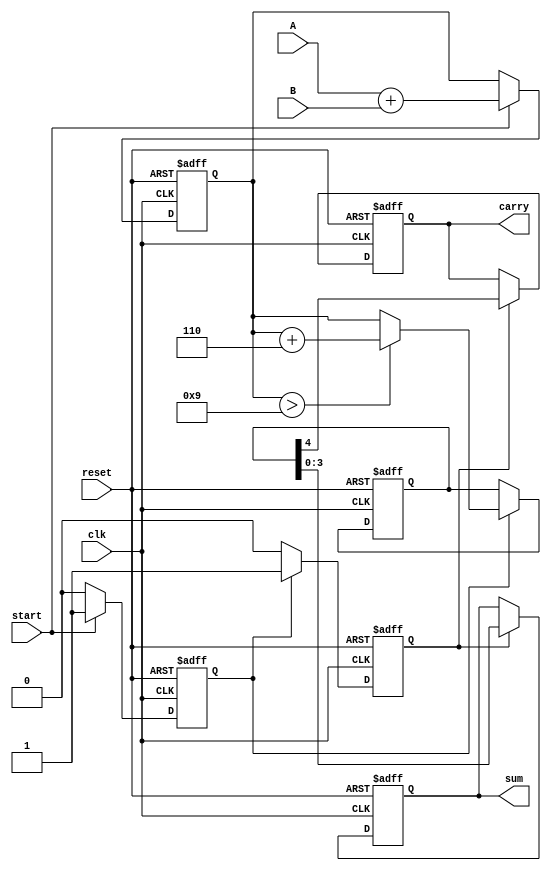
module BCD_Pipelined_Adder (
    input wire clk,          // Clock signal
    input wire reset,        // Reset signal
    input wire [3:0] A,     // First BCD digit
    input wire [3:0] B,     // Second BCD digit
    input wire start,        // Control signal to start addition
    output reg [3:0] sum,    // BCD result
    output reg carry         // Carry output
);

    // Internal signals
    reg [4:0] stage1_sum;   // Sum from stage 1 (5 bits to accommodate carry)
    reg [4:0] stage2_sum;   // Sum from stage 2 (5 bits to accommodate carry)
    reg stage1_valid;       // Stage 1 valid flag
    reg stage2_valid;       // Stage 2 valid flag

    // Stage 1: Input capture and initial addition
    always @(posedge clk or posedge reset) begin
        if (reset) begin
            stage1_sum <= 5'b0;
            stage1_valid <= 1'b0;
        end else if (start) begin
            stage1_sum <= A + B; // Perform BCD addition
            stage1_valid <= 1'b1; // Mark stage 1 as valid
        end else begin
            stage1_valid <= 1'b0; // Clear valid flag if not starting
        end
    end

    // Stage 2: BCD correction logic
    always @(posedge clk or posedge reset) begin
        if (reset) begin
            stage2_sum <= 5'b0;
            stage2_valid <= 1'b0;
        end else if (stage1_valid) begin
            // Check if correction is needed
            if (stage1_sum > 9) begin
                stage2_sum <= stage1_sum + 5'b0110; // Add 6 for BCD correction
            end else begin
                stage2_sum <= stage1_sum; // No correction needed
            end
            stage2_valid <= 1'b1; // Mark stage 2 as valid
        end else begin
            stage2_valid <= 1'b0; // Clear valid flag if not valid
        end
    end

    // Stage 3: Output generation
    always @(posedge clk or posedge reset) begin
        if (reset) begin
            sum <= 4'b0;
            carry <= 1'b0;
        end else if (stage2_valid) begin
            sum <= stage2_sum[3:0]; // Output the lower 4 bits of the sum
            carry <= stage2_sum[4]; // Carry output (5th bit)
        end
    end

endmodule